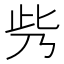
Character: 𠂱